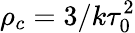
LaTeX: \rho_{c}=3/k\tau_{0}^{2}